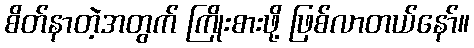
စိတ်နာတဲ့အတွက် ကြိုးစားဖို့ ဖြစ်လာတယ်နော်။